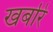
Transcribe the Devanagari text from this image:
खबरि